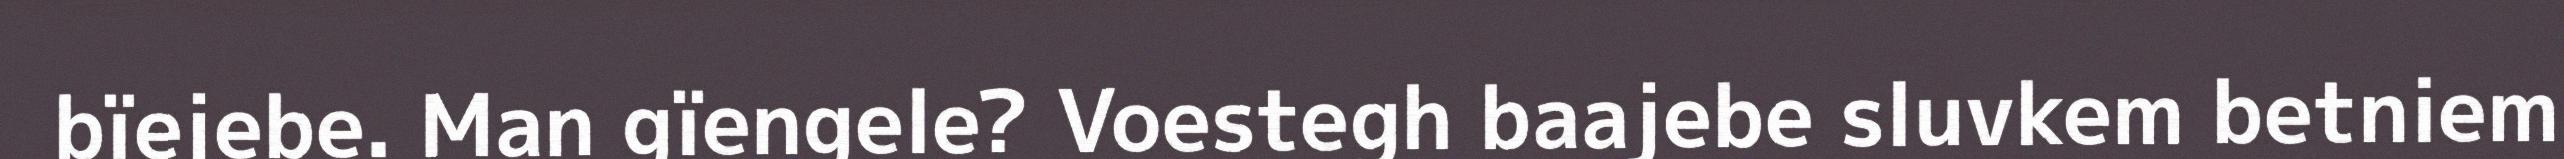
bïejebe. Man gïengele? Voestegh baajebe sluvkem betniem